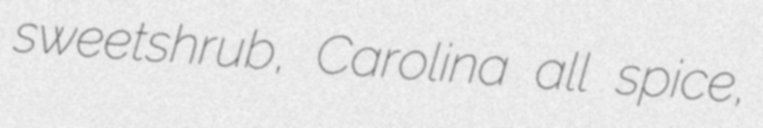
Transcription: sweetshrub, Carolina all spice,